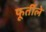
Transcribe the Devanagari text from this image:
फूर्तीले